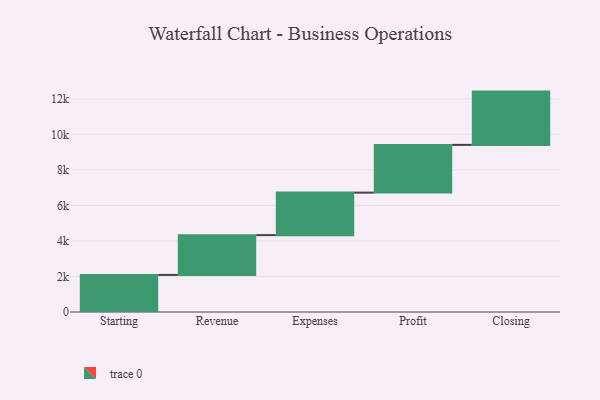
{"axis": {"x": "Step", "y": "Value"}, "legend": [""], "data": [{"x": "Starting", "y": 2087.0, "type": ""}, {"x": "Revenue", "y": 2240.0, "type": ""}, {"x": "Expenses", "y": 2393.0, "type": ""}, {"x": "Profit", "y": 2686.0, "type": ""}, {"x": "Closing", "y": 3000, "type": ""}]}